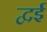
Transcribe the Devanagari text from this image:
द्वई